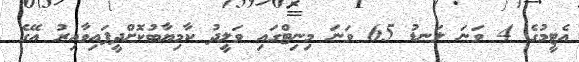
އެޓީމުގެ 4 ވަނަ ލަނޑު 65 ވަނަ މިނިޓްގައި ވަލީދު ކާމިޔާބުކޮށްދީފައިވާއިރު އޭގެ